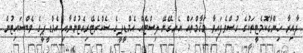
ދާއިރާ ހިންގާކޮމެޓީތަކުގެ ހުސްވެފައިވާ މަޤާމްތައް އެނގޭނޭ ލިސްޓެއް އެމްޑީޕީގެ ސެކްރެޓޭރިއެޓުންނާއި އެމްޑީޕީގެ ވެބްސައިޓުން